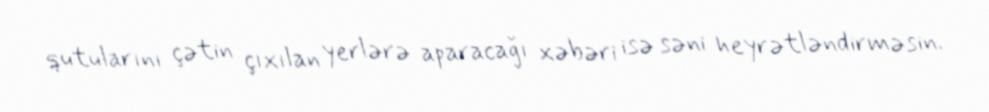
qutularını çətin çıxılan yerlərə aparacağı xəbəri isə səni heyrətləndirməsin.